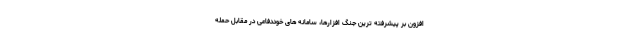
افزون بر پیشرفته ترین جنگ افزارها، سامانه های خوددفاعی در مقابل حمله